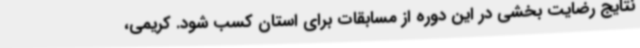
نتایج رضایت بخشی در این دوره از مسابقات برای استان کسب شود. کریمی،